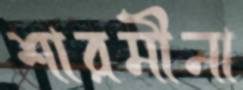
শারমীনা